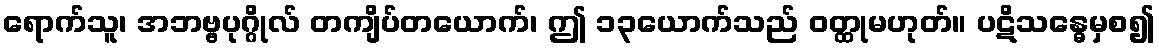
ရောက်သူ၊ အဘဗ္ဗပုဂ္ဂိုလ် တကျိပ်တယောက်၊ ဤ ၁၃ယောက်သည် ဝတ္ထုမဟုတ်။ ပဋိသန္ဓေမှစ၍